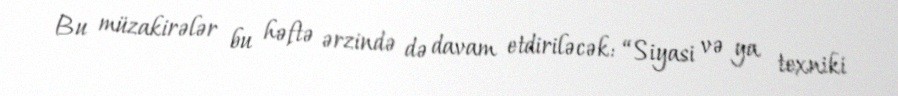
Bu müzakirələr bu həftə ərzində də davam etdiriləcək: “Siyasi və ya texniki